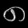
Digit: ၈